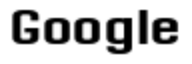
Google